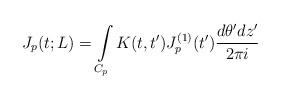
LaTeX: \begin{align*}J_p(t;L)=\int\limits_{C_p}K(t,t')J_p^{(1)}(t')\frac{d\theta'dz'}{2\pi i}\end{align*}